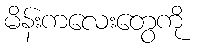
မိန်းကလေးတွေကို